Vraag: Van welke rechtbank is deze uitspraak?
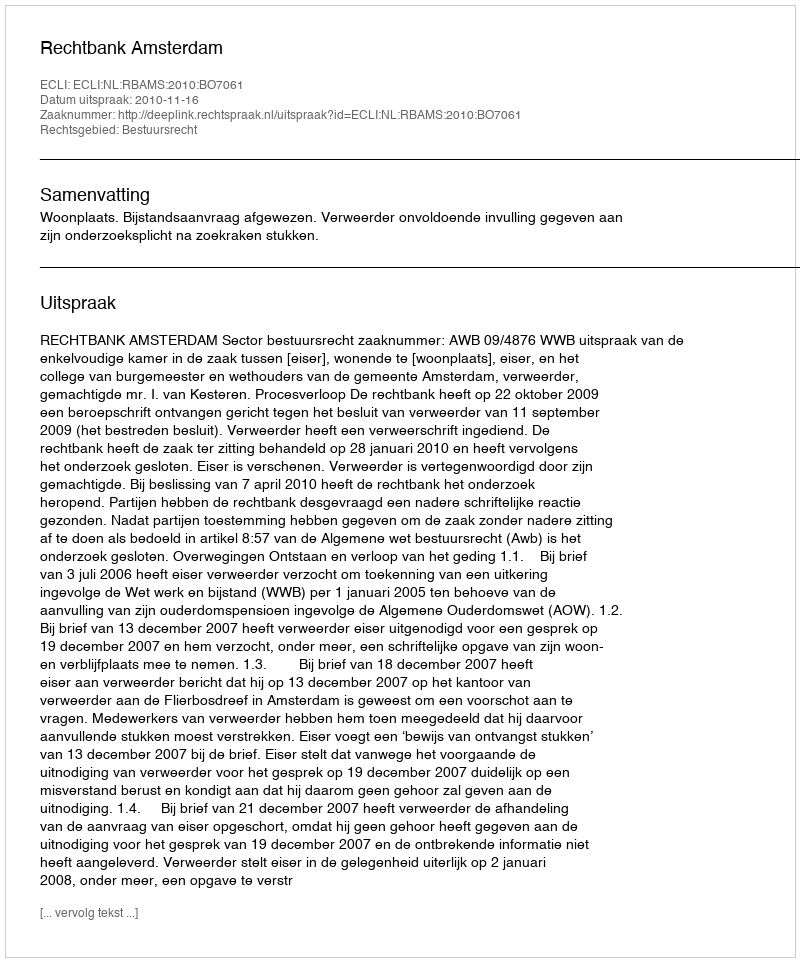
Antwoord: Rechtbank Amsterdam